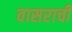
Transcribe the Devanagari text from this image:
वासराची